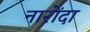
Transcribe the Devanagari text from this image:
नारोंदा